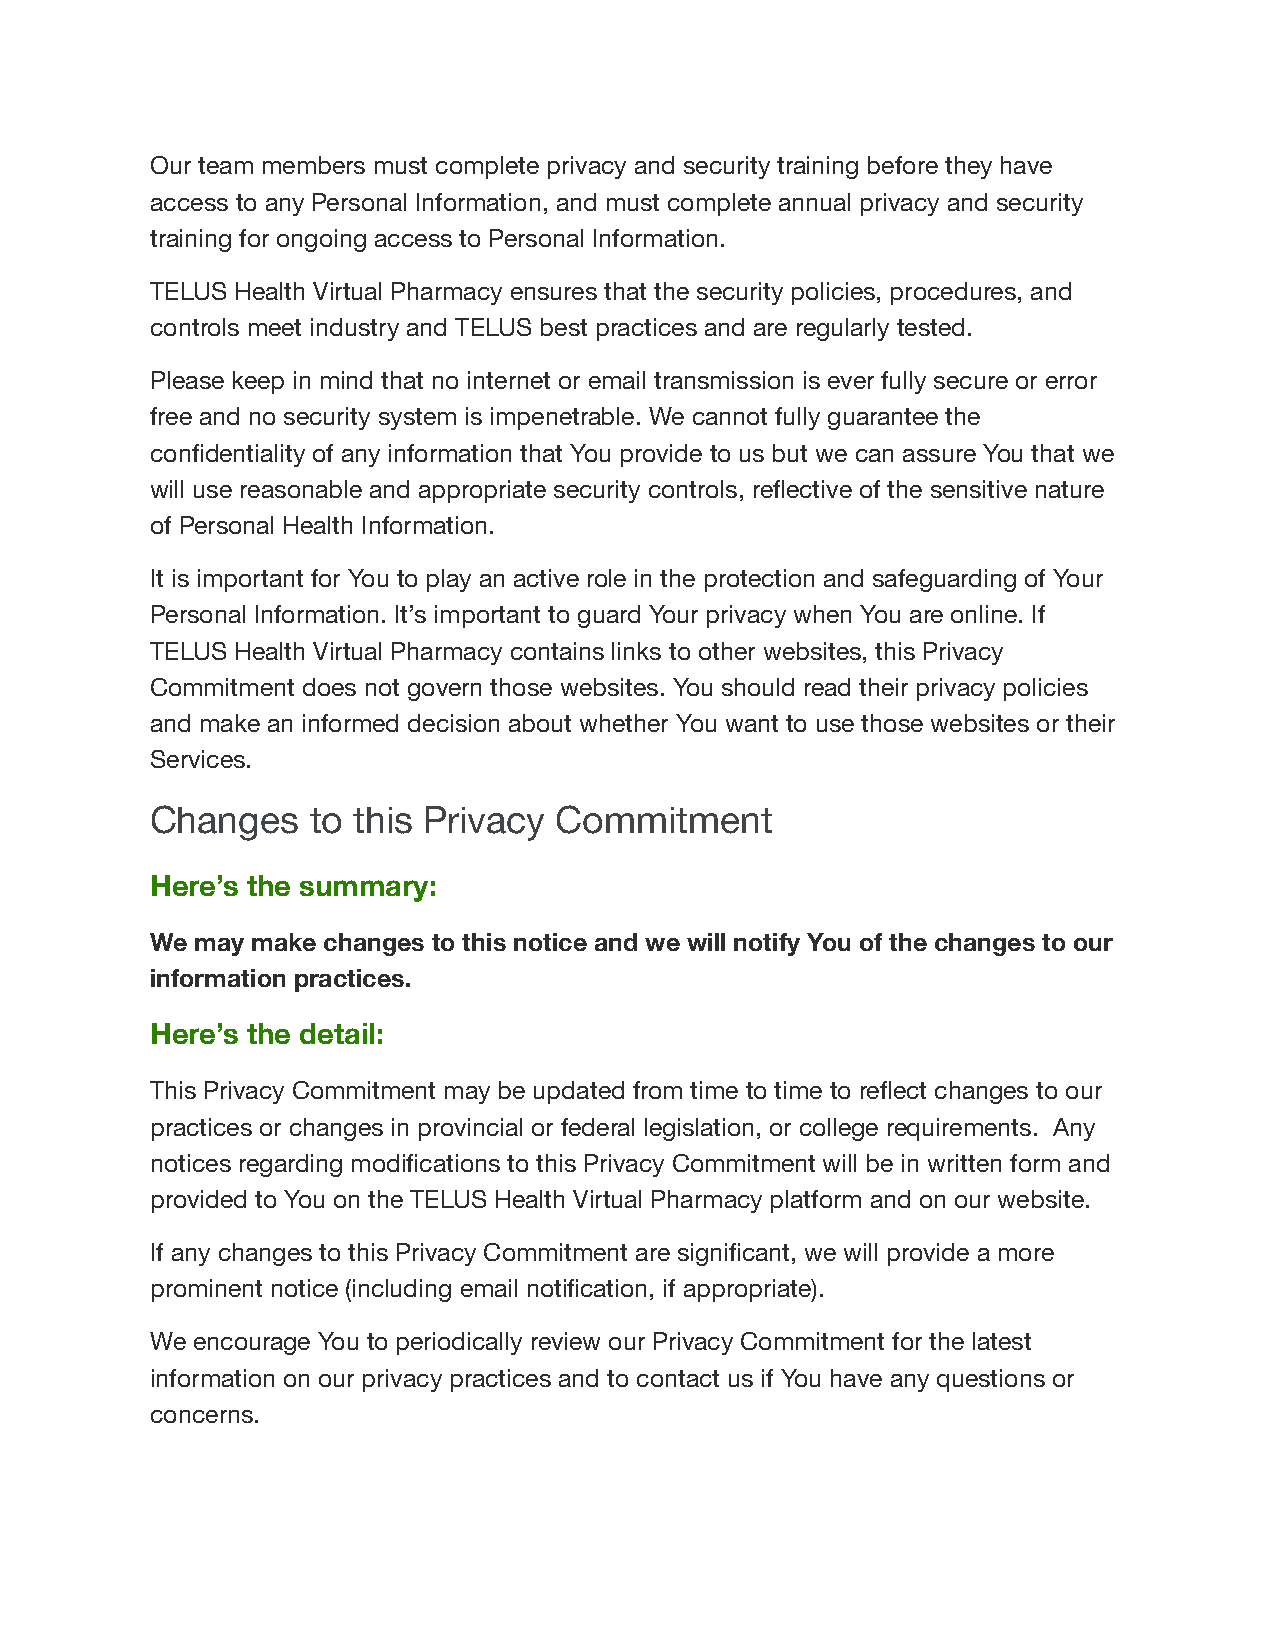
Our team members must complete privacy and security training before they have
 access to any Personal Information, and must complete annual privacy and security
 training for ongoing access to Personal Information.
 TELUS Health Virtual Pharmacy ensures that the security policies, procedures, and
 controls meet industry and TELUS best practices and are regularly tested.
 Please keep in mind that no internet or email transmission is ever fully secure or error
 free and no security system is impenetrable. We cannot fully guarantee the
 confidentiality of any information that You provide to us but we can assure You that we
 will use reasonable and appropriate security controls, reflective of the sensitive nature
 of Personal Health Information.
 It is important for You to play an active role in the protection and safeguarding of Your
 Personal Information. It’s important to guard Your privacy when You are online. If
 TELUS Health Virtual Pharmacy contains links to other websites, this Privacy
 Commitment does not govern those websites. You should read their privacy policies
 and make an informed decision about whether You want to use those websites or their
 Services.
 Changes    to this Privacy Commitment
 Here’s the summary:
 We may make changes to this notice and we will notify You of the changes to our
 information practices.
 Here’s the detail:
 This Privacy Commitment may be updated from time to time to reflect changes to our
 practices or changes in provincial or federal legislation, or college requirements. Any
 notices regarding modifications to this Privacy Commitment will be in written form and
 provided to You on the TELUS Health Virtual Pharmacy platform and on our website.
 If any changes to this Privacy Commitment are significant, we will provide a more
 prominent notice (including email notification, if appropriate).
 We encourage You to periodically review our Privacy Commitment for the latest
 information on our privacy practices and to contact us if You have any questions or
 concerns.